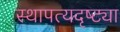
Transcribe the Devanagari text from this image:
स्थापत्यदृष्ट्या